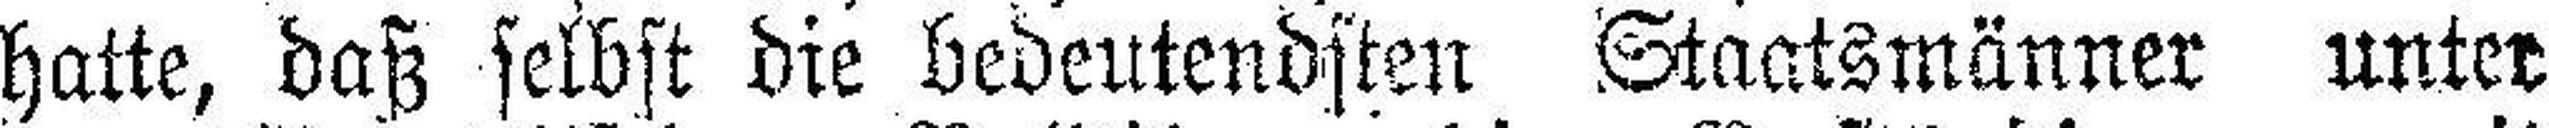
hatte, daß selbst die bedeutendsten Staatsmänner unter